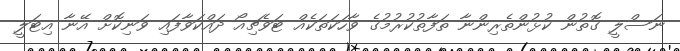
ނަސްލީ ގޮތުން ކުޅުންތެރިންނާ ތަފާތުކުރުމުގެ ވާހަކަތަކެއް ޓަވެޗިއޯ ދައްކަވާފައި ވަނިކޮށް އޭނާ އިޓަލީ